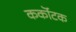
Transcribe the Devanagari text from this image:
कर्कॊटक